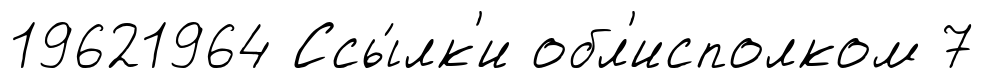
19621964 Ссы́лк'и обл'исполком 7